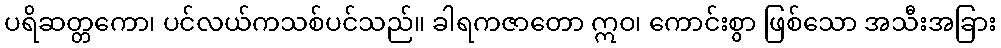
ပရိဆတ္တကော၊ ပင်လယ်ကသစ်ပင်သည်။ ခါရကဇာတော ဣဝ၊ ကောင်းစွာ ဖြစ်သော အသီးအခြား